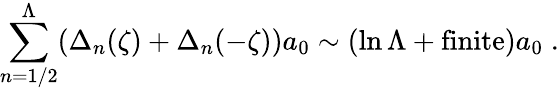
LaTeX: \sum_{n=1/2}^{\Lambda}(\Delta_{n}(\zeta)+\Delta_{n}(-\zeta))a_{0}\sim(\ln\Lambda+\mathrm{{finite}})a_{0}\; .